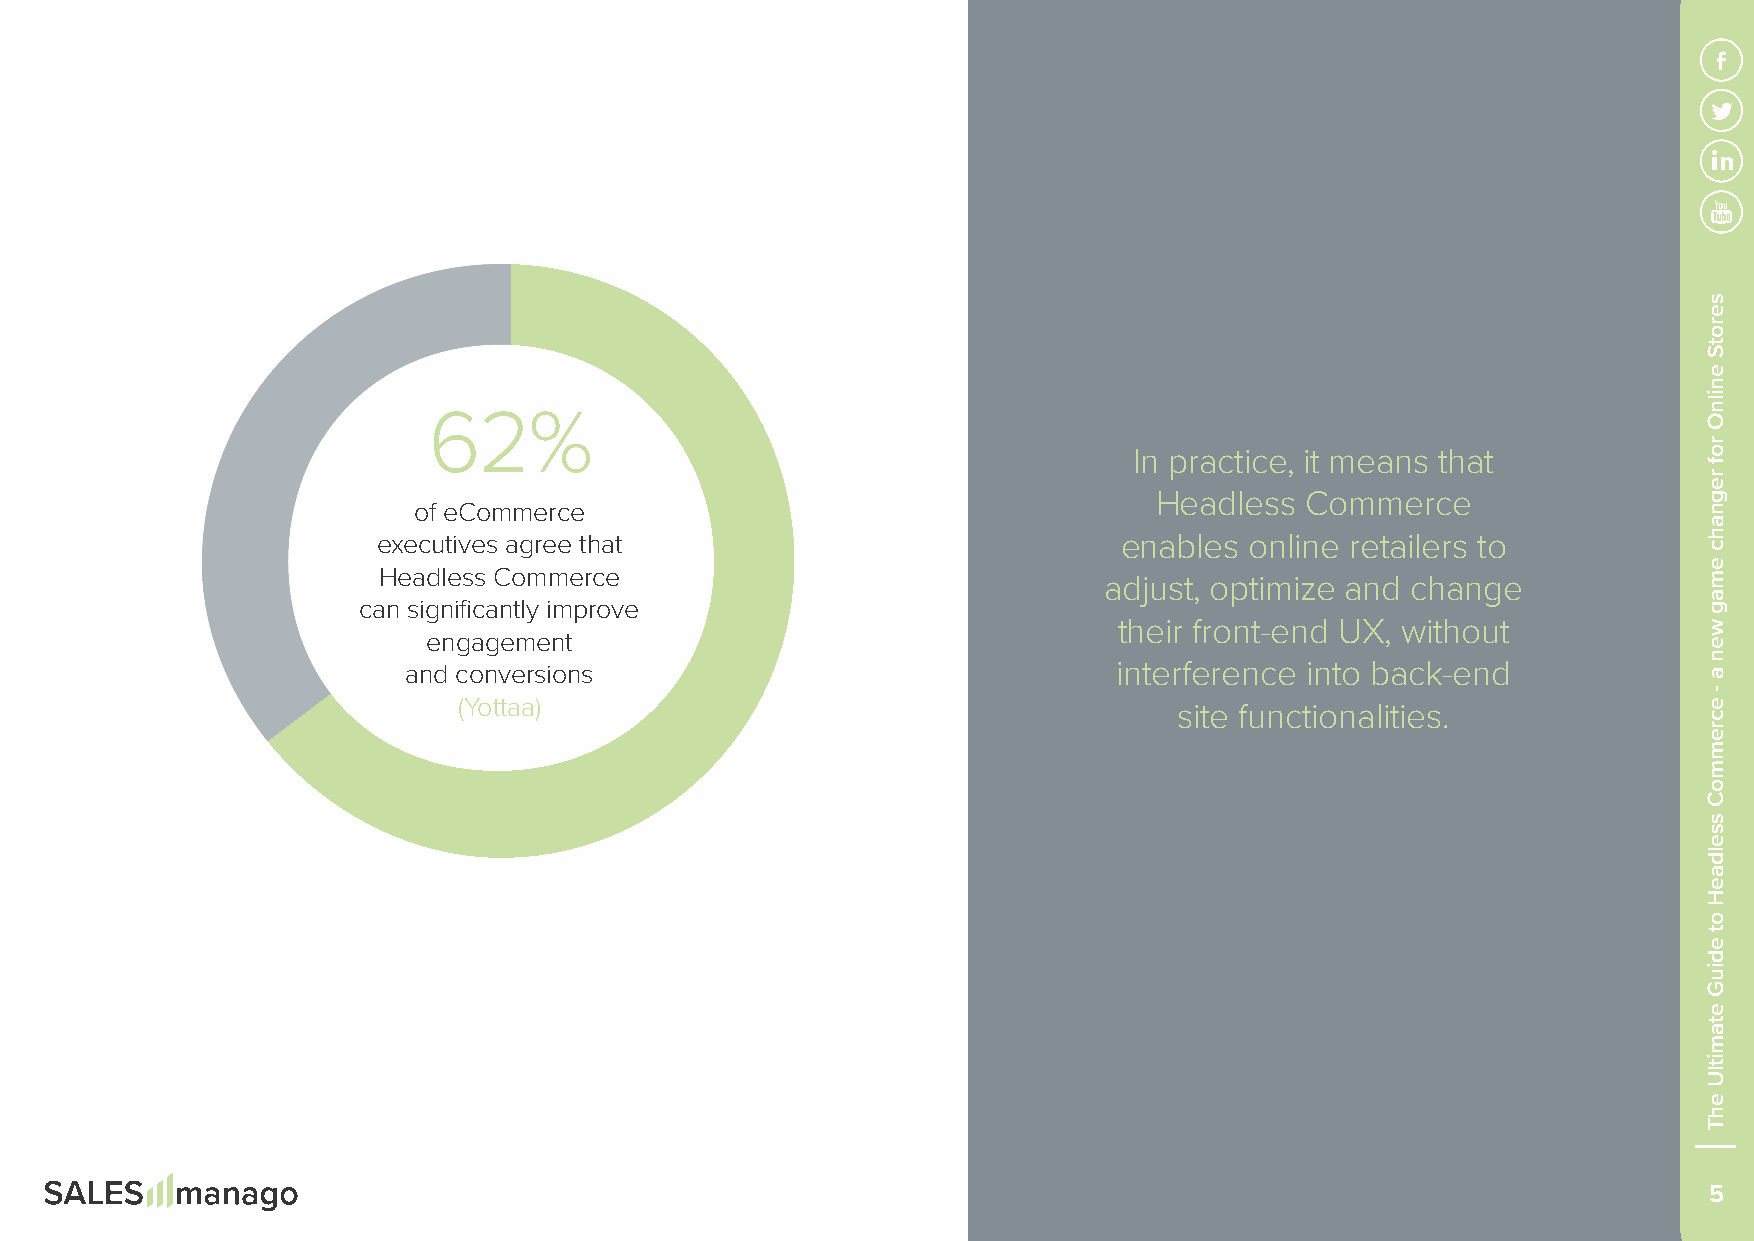
62%
 In practice, it means that
 Headless Commerce
 of eCommerce
 executives agree that                            enables  online retailers to
 Headless Commerce
 adjust, optimize and change
 can significantly improve
 their front-end UX, without
 engagement
 and conversions                                interference into back-end
 (Yottaa)
 site functionalities.
 5
 serotS
 enilnO
 rof
 regnahc
 emag
 wen
 a
 -
 ecremmoC
 sseldaeH
 ot
 ediuG
 etamitlU
 ehT